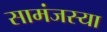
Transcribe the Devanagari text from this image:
सामंजस्या